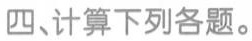
四、计算下列各题。